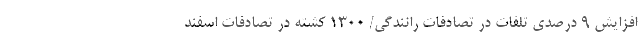
افزایش ۹ درصدی تلفات در تصادفات رانندگی/ ۱۳۰۰ کشته در تصادفات اسفند